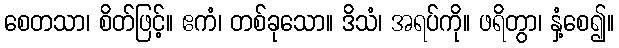
စေတသာ၊ စိတ်ဖြင့်။ ဧကံ၊ တစ်ခုသော။ ဒိသံ၊ အရပ်ကို။ ဖရိတွာ၊ နှံ့စေ၍။